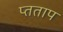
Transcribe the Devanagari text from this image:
प्तताप